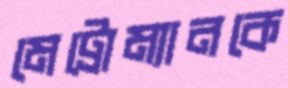
মেট্রোম্যানকে